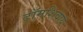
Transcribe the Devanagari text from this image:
टॉमशिवाय